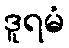
ဒူရမံ